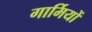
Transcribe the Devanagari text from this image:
गार्मियों